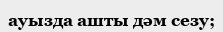
ауызда ашты дәм сезу;